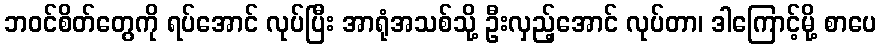
ဘဝင်စိတ်တွေကို ရပ်အောင် လုပ်ပြီး အာရုံအသစ်သို့ ဦးလှည့်အောင် လုပ်တာ၊ ဒါကြောင့်မို့ စာပေ